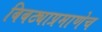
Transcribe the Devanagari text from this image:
बिबट्याप्रमाणेच